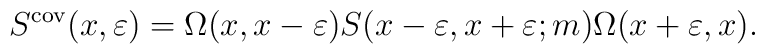
S^{{\rm cov}}(x,\varepsilon )=\Omega (x,x-\varepsilon )S(x-\varepsilon,x+\varepsilon ;m)\Omega (x+\varepsilon ,x).